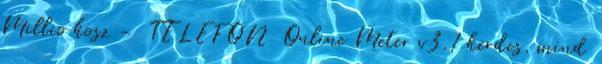
Millio kosz - TELEFON Online Meter v3.1 kerdes. mind